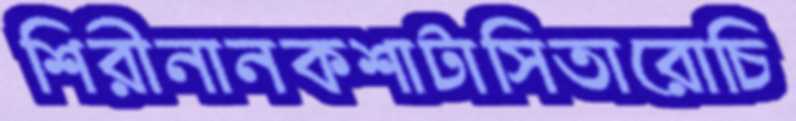
শিরীনানকশাটাসিতারোচি